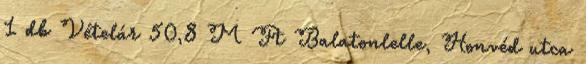
1 db Vételár 50,8 M Ft Balatonlelle, Honvéd utca